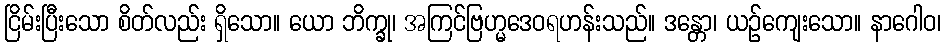
ငြိမ်းပြီးသော စိတ်လည်း ရှိသော။ ယော ဘိက္ခု၊ အကြင်ဗြဟ္မဒေဝရဟန်းသည်။ ဒန္တော၊ ယဉ်ကျေးသော။ နာဂေါဝ၊